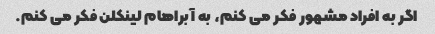
اگر به افراد مشهور فکر می کنم، به آبراهام لینکلن فکر می کنم.